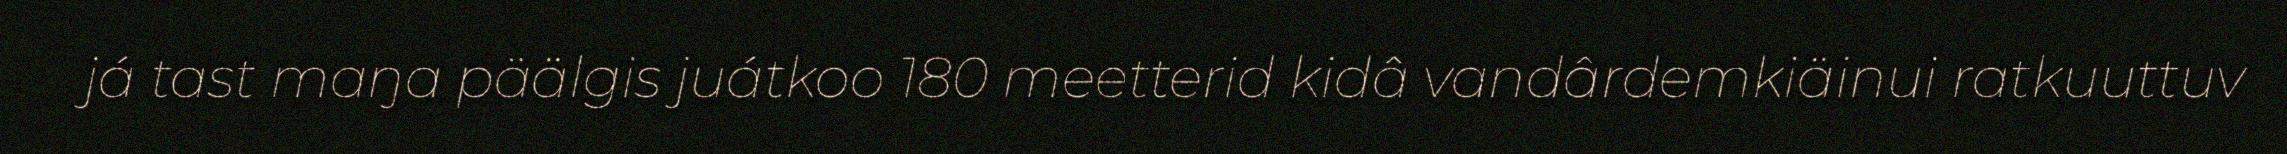
já tast maŋa päälgis juátkoo 180 meetterid kidâ vandârdemkiäinui ratkuuttuv